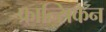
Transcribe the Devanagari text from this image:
फ्रान्सिकन